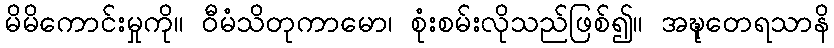
မိမိကောင်းမှုကို။ ဝီမံသိတုကာမော၊ စုံးစမ်းလိုသည်ဖြစ်၍။ အဍ္ဎုတေရသာနိ